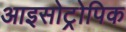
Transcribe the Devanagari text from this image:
आइसोट्रोपिक